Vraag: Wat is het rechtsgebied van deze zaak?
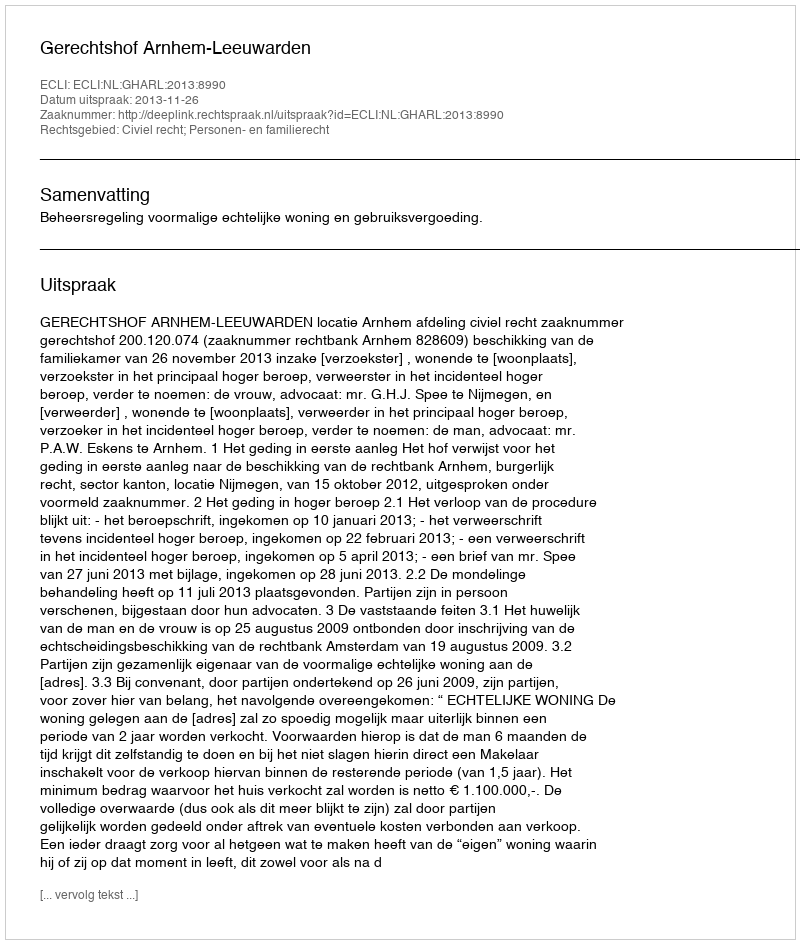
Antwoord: Civiel recht; Personen- en familierecht